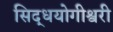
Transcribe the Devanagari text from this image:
सिद्धयोगीश्वरी